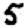
Digit: 5